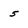
Character: 5